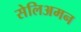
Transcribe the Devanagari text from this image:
सेलिअमन